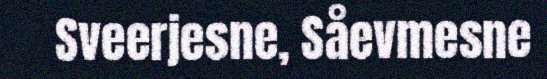
Sveerjesne, Såevmesne